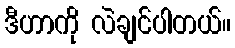
ဒီဟာကို လဲချင်ပါတယ်။